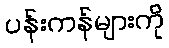
ပန်းကန်များကို